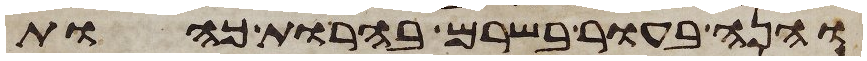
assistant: והנה בעור בשרם בהרות כהות